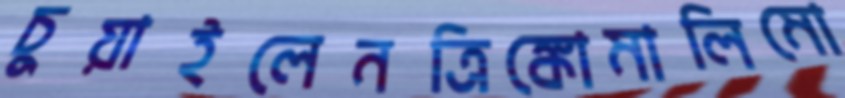
চুয়াইলেনত্রিঙ্কোমালিমো